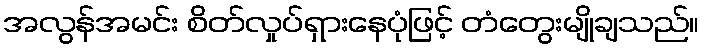
အလွန်အမင်း စိတ်လှုပ်ရှားနေပုံဖြင့် တံတွေးမျိုချသည်။